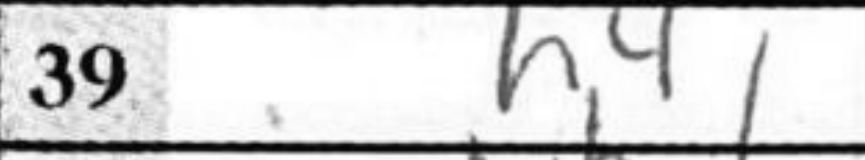
Transcription: h4